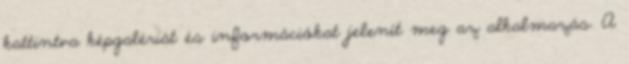
kattintva képgalériát és információkat jelenít meg az alkalmazás. A